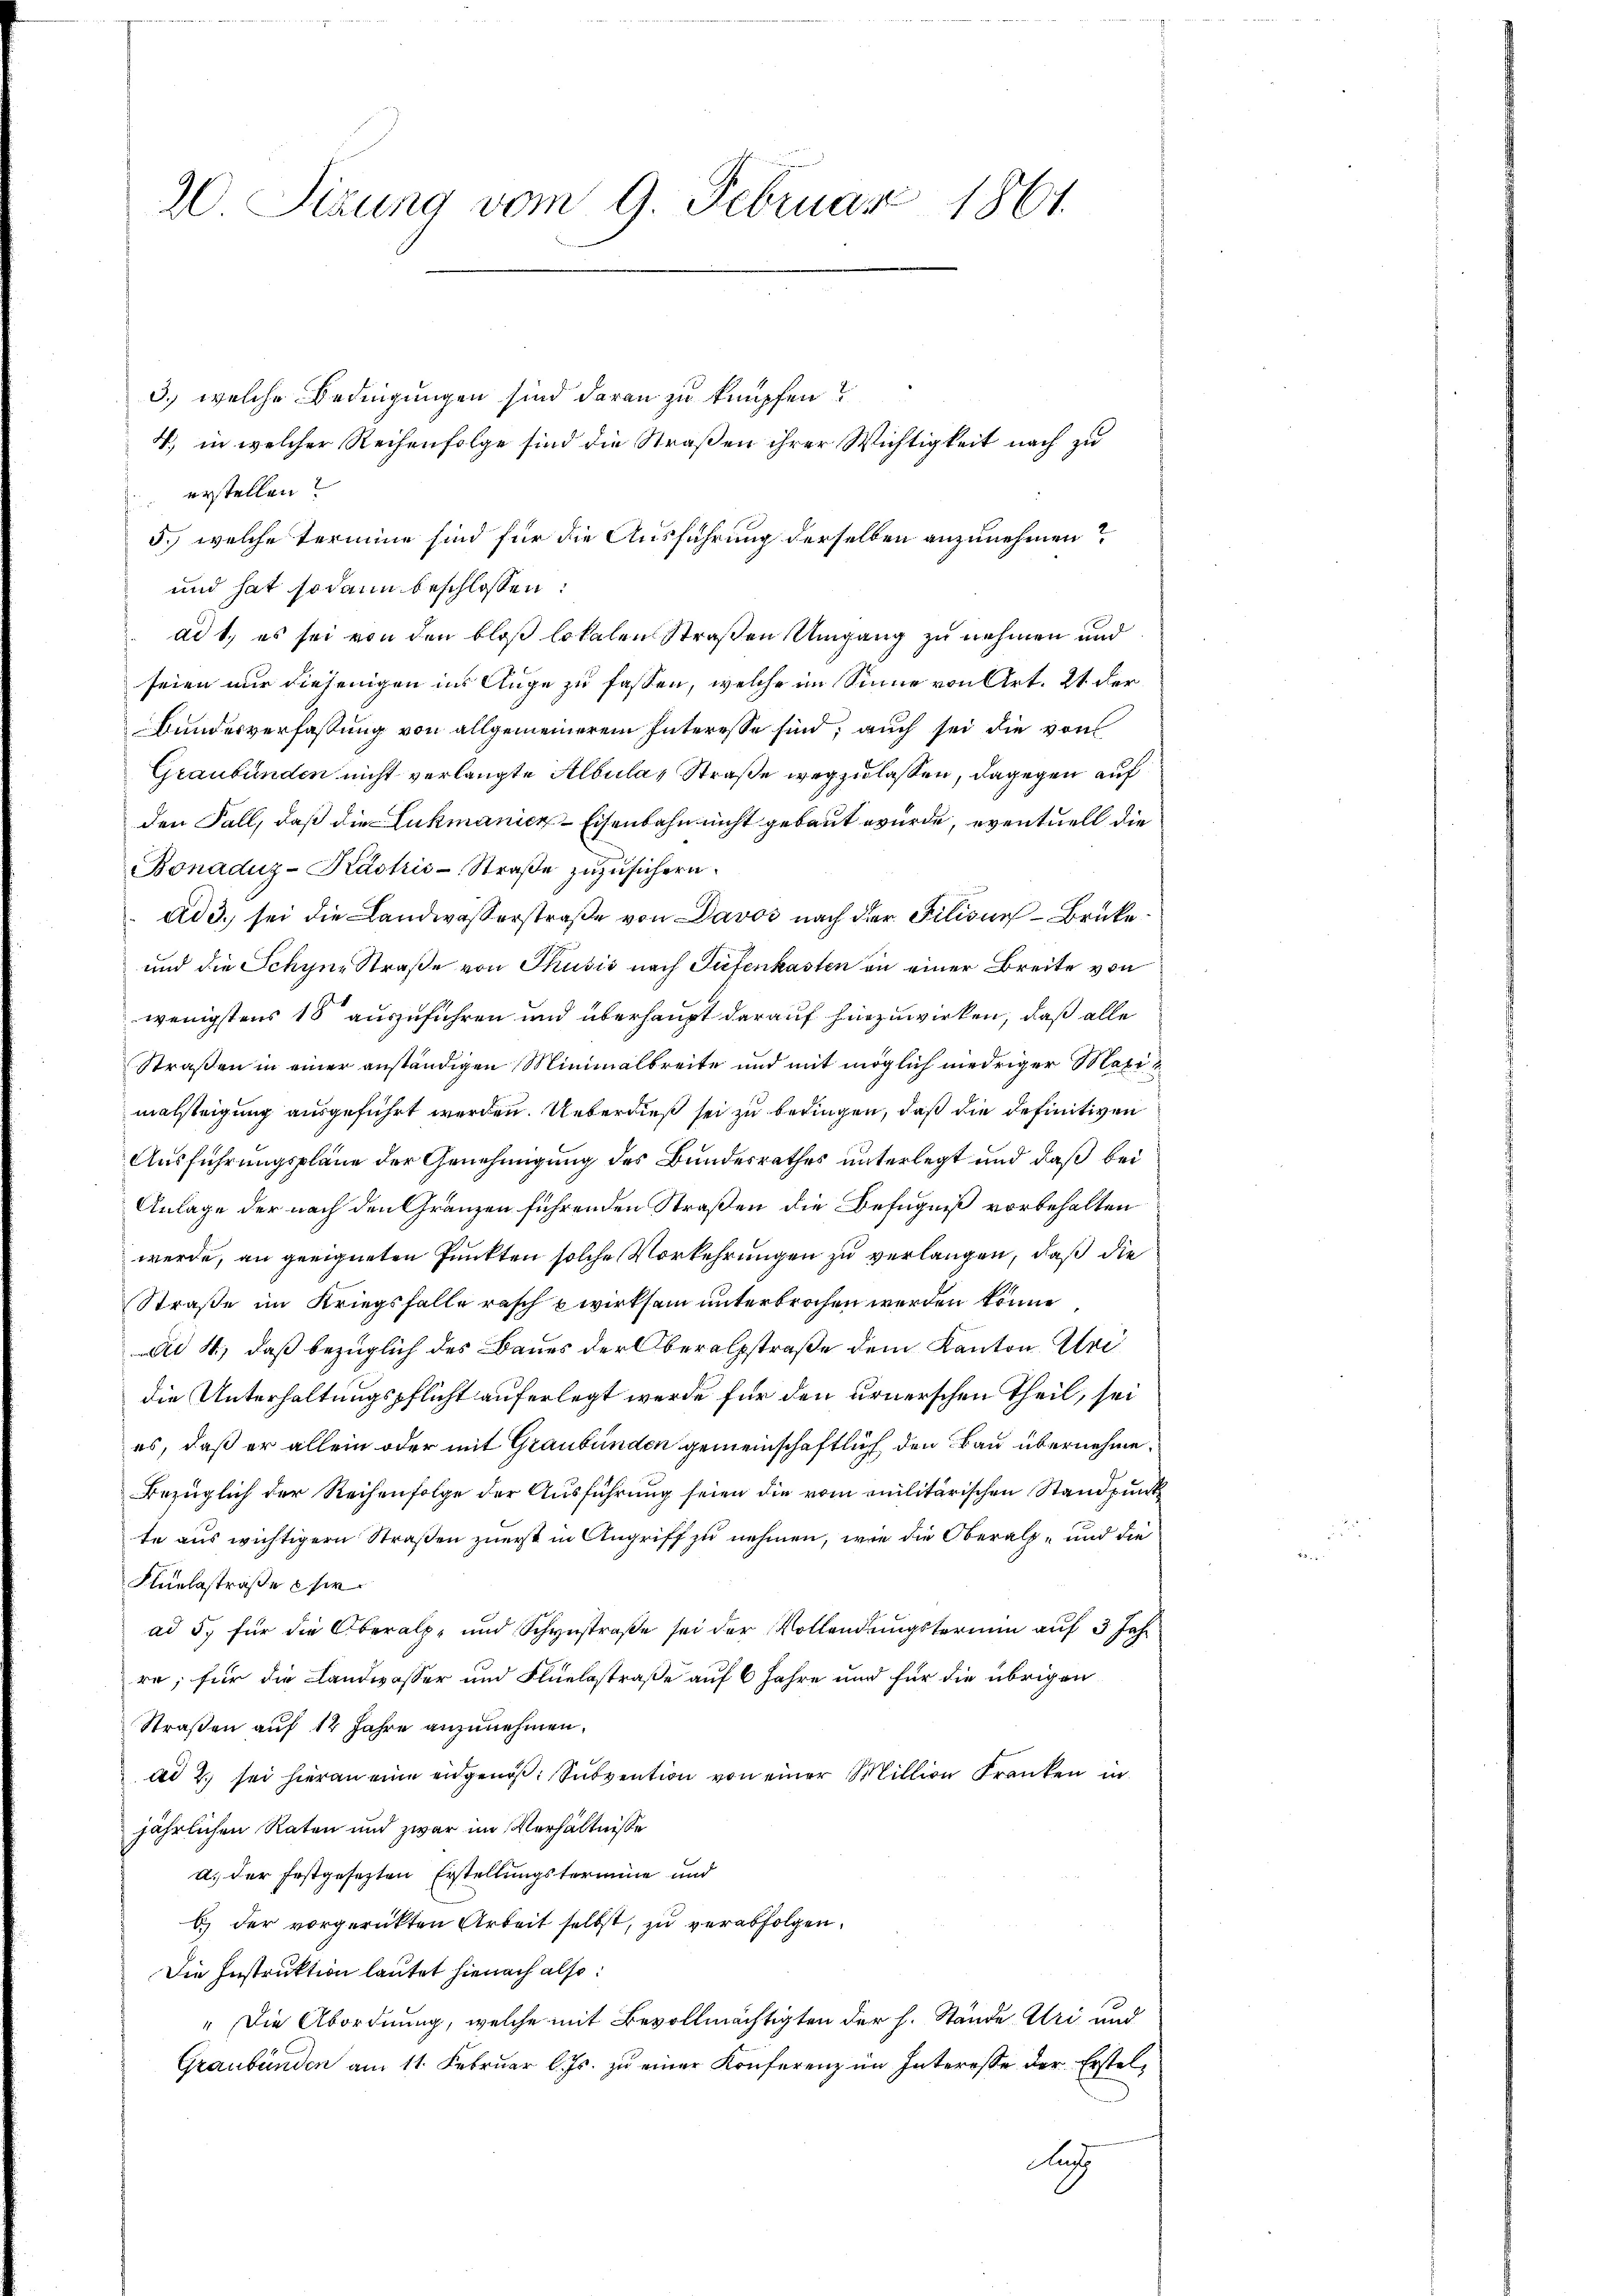
20 Sizung vom 9. Februar 1861

3.) welche Bedingungen sind daran zu knüpfen?
4) in welcher Reihenfolge sind die Straßen ihrer Wichtigkeit nach zu
erstellen?
5.) welche termine sind für die Ausführung derselben anzunehmen?
und hat sodann beschlossen:
ad 1., es sei von den bloß lokalen Straßen Umgang zu nehmen und
seien nur diejenigen ins Auge zu fassen, welche im Sinne von Art. 21 der
Bundesverfassung von allgemeinerem Interesse sind; auch sei die von
Graubünden nicht verlangte Albular Straße wegzulassen, dagegen auf
den Fall, daß die Lukmanice-Eisenbahn nicht gebaut wurde, eventuell die
Bonaduz-Káskis-Straße zuzusichern.
ad 3., sei die Landwasserstraße von Davos nach der Filisie-Brüke
und die Schyne Straße von Thusis nach Tiefenkasten in einer Breite von
wenigstens 18 auszuführen und überhaupt darauf hinzuwirken, daß alle
Straßen in einer anständigen Minimalbreite und mit möglich niedriger Maximalsteigung ausgeführt werden. Ueberdieß sei zu bedingen, daß die definitiven
Ausführungspläne der Genehmigung des Bundesrathes unterlegt und daß bei
Anlage der nach den Gränzen führenden Straßen die Befugniß vorbehalten
werde, an geeigneten Punkten solche Vorkehrungen zu verlangen, daß die
Straße im Kriegsfalle rasch wirksam unterbrochen werden könne
d 4) daß bezüglich des Baues der Oberalsstraße dem Kanton Uri
die Unterhaltungspflicht auferlegt werde für den urnerschen Theil, sei
es, daß er allein oder mit Graubünden gemeinschaftlich den Bau übernehme.
Bezüglich der Reihenfolge der Ausführung seien die vom militärischen Standpunk
te aus wichtigern Straßen zuerst in Angriff zu nehmen, wie die Oberal- und die
Fluntastraße si
ad 5. für die Oberalpe und Schynstraβe sei der Vollendŭngstermin aŭf 3 Jahr
re; für die Landwasser und Flüelsstraße auf 6 Jahre und für die übrigen
Straßen auf 12 Jahre anzunehmen.
ad 2., sei hieran eine eidgenöß: Subvention von einer Million Kranken in
jährlichen Raten und zwar im Verhältnisse
a. der festgesezten Erstellungstermine und
b) der vorgerückten Arbeit selbst, zu verabfolgen.
Die Instruktion lautet hienach also:
" Die Abordnung, welche mit Bevollmächtigten der h. Stände Uri und
Graubünden am 11. Februar l. Js. zu einer Konferenz im Interesse der Erstel¬
Aath